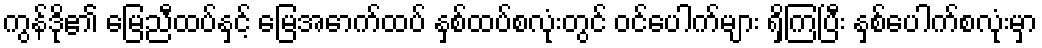
ကွန်ဒို၏ မြေညီထပ်နှင့် မြေအောက်ထပ် နှစ်ထပ်စလုံးတွင် ဝင်ပေါက်များ ရှိကြပြီး နှစ်ပေါက်စလုံးမှာ